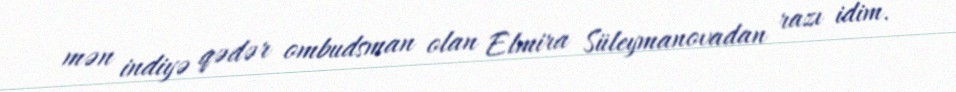
mən indiyə qədər ombudsman olan Elmira Süleymanovadan razı idim.